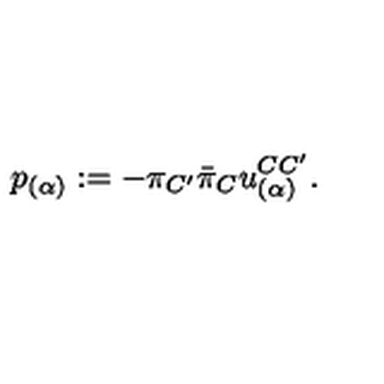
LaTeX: p _ { ( \alpha ) } : = - \pi _ { C ^ { \prime } } { \bar { \pi } } _ { C } u _ { ( \alpha ) } ^ { C { C ^ { \prime } } } .